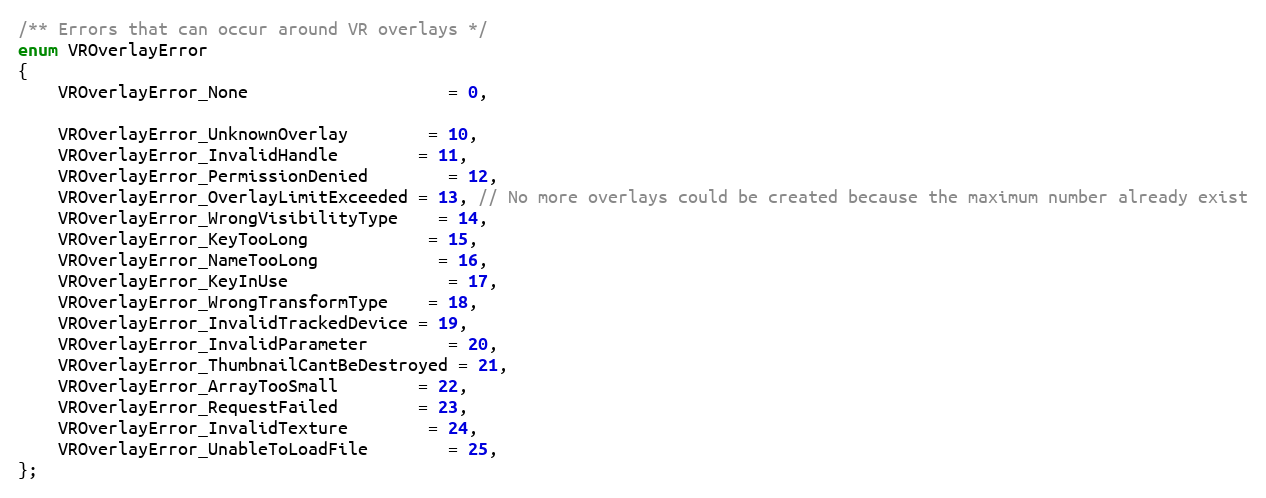
Language: C
/** Errors that can occur around VR overlays */
enum VROverlayError
{
	VROverlayError_None					= 0,

	VROverlayError_UnknownOverlay		= 10,
	VROverlayError_InvalidHandle		= 11,
	VROverlayError_PermissionDenied		= 12,
	VROverlayError_OverlayLimitExceeded = 13, // No more overlays could be created because the maximum number already exist
	VROverlayError_WrongVisibilityType	= 14,
	VROverlayError_KeyTooLong			= 15,
	VROverlayError_NameTooLong			= 16,
	VROverlayError_KeyInUse				= 17,
	VROverlayError_WrongTransformType	= 18,
	VROverlayError_InvalidTrackedDevice = 19,
	VROverlayError_InvalidParameter		= 20,
	VROverlayError_ThumbnailCantBeDestroyed = 21,
	VROverlayError_ArrayTooSmall		= 22,
	VROverlayError_RequestFailed		= 23,
	VROverlayError_InvalidTexture		= 24,
	VROverlayError_UnableToLoadFile		= 25,
};